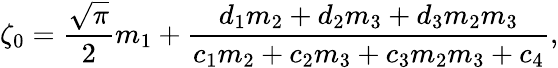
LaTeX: \zeta_{0}=\frac{\sqrt{\pi}}{2}m_{1}+\frac{d_{1}m_{2}+d_{2}m_{3}+d_{3}m_{2}m_{3}}{c_{1}m_{2}+c_{2}m_{3}+c_{3}m_{2}m_{3}+c_{4}},